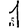
Digit: 1